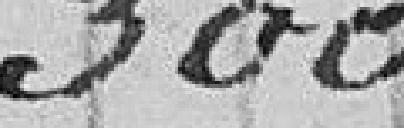
300